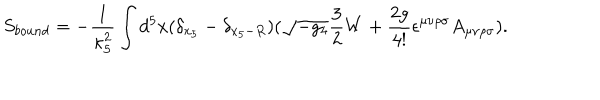
S _ { b o u n d } = - \frac { 1 } { \kappa _ { 5 } ^ { 2 } } \int d ^ { 5 } x ( \delta _ { x _ { 5 } } - \delta _ { x _ { 5 } - R } ) ( \sqrt { - g _ { 4 } } \frac { 3 } { 2 } W + \frac { 2 g } { 4 ! } \epsilon ^ { \mu \nu \rho \sigma } A _ { \mu \nu \rho \sigma } ) .